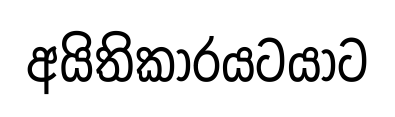
අයිතිකාරයටයාට